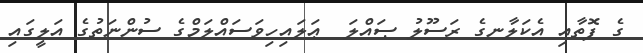
ގެ ފޮތާއި އެކަލާނގެ ރަސޫލު ޞައްލަ  ޢަލައިހިވަސައްލަމްގެ ސުންނަތުގެ އަލީގައި